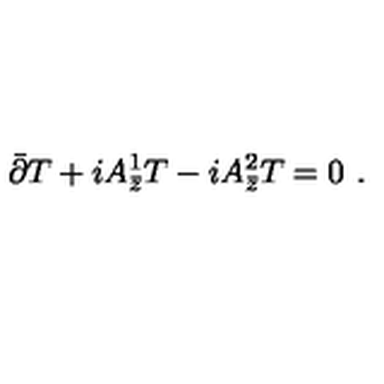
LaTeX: \bar { \partial } T + i A _ { \bar { z } } ^ { 1 } T - i A _ { \bar { z } } ^ { 2 } T = 0 \ .